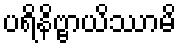
ပရိနိဗ္ဗာယိဿာမိ